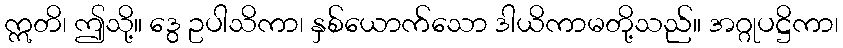
ဣတိ၊ ဤသို့။ ဒွေ ဥပါသိကာ၊ နှစ်ယောက်သော ဒါယိကာမတို့သည်။ အဂ္ဂုပဋ္ဌိကာ၊